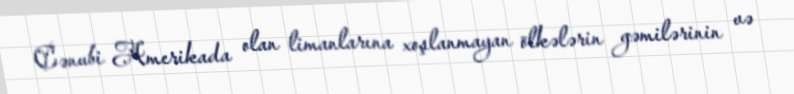
Cənubi Amerikada olan limanlarına xoşlanmayan ölkələrin gəmilərinin və